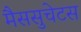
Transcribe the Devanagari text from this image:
मैससुचेटस